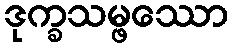
ဒုက္ခသမ္ဖဿော